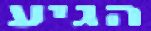
הגיע